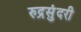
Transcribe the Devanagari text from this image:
रुद्रसुंदरी